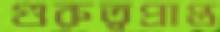
গুরুত্বপ্রাপ্ত